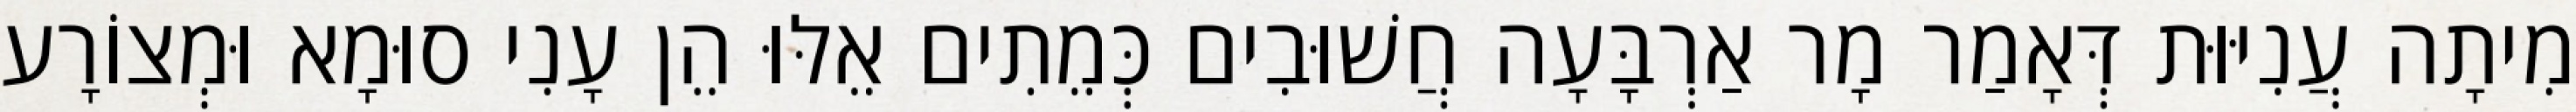
מִיתָה עֲנִיּוּת דְּאָמַר מָר אַרְבָּעָה חֲשׁוּבִים כְּמֵתִים אֵלּוּ הֵן עָנִי סוּמָא וּמְצוֹרָע